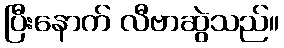
ပြီးနောက် လီဗာဆွဲသည်။